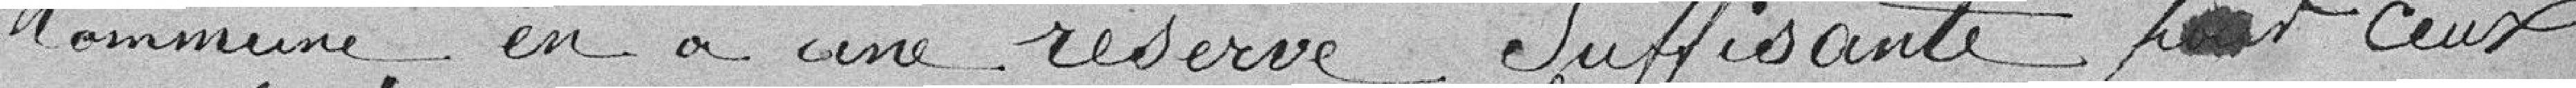
Commune en a une réserve Suffisante pour ceux